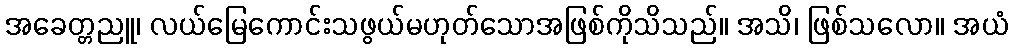
အခေတ္တညူ၊ လယ်မြေကောင်းသဖွယ်မဟုတ်သောအဖြစ်ကိုသိသည်။ အသိ၊ ဖြစ်သလော။ အယံ